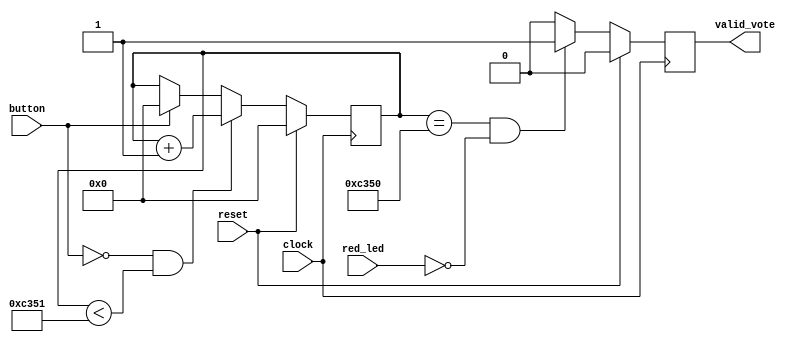
module authControl(
  input clock,
  input reset, 
  input button,
  input red_led,
  output reg valid_vote
  );
  
  reg[30:0] counter;
  
  always @(posedge clock)
  begin
    if(reset)
    	counter <= 0;
    else
    begin
      if(~button & counter < 50001)
      	counter <= counter + 1;
      else if(button)
      	counter <= 0;
    end
  end
  
  always @(posedge clock)
  begin
    if(reset)
      valid_vote <= 1'b0;
    else
    begin
      if(counter == 50000 && !red_led)
        valid_vote <= 1'b1;
      else
        valid_vote <= 1'b0;
    end
  end
endmodule